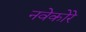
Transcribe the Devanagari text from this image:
नवेकोरे